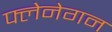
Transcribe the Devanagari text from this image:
फ्लेनेगन